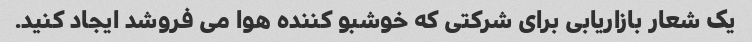
یک شعار بازاریابی برای شرکتی که خوشبو کننده هوا می فروشد ایجاد کنید.